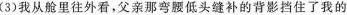
(3)我从舱里往外看，父亲那弯腰低头缝补的背影挡住了我的